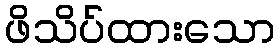
ဖိသိပ်ထားသော